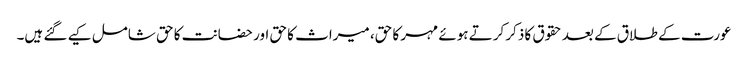
عورت کے طلاق کے بعد حقوق کا ذکر کرتے ہوئے مہر کا حق، میراث کا حق اور حضانت کا حق شامل کیے گئے ہیں۔